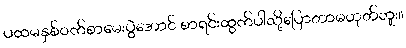
ပထမနှစ်ဝက်စာမေးပွဲအောင် စာရင်းထွက်ပါလို့ပြောတာမဟုတ်ဘူး။